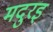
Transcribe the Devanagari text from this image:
मदुरइ